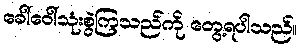
ခေါ်ဝေါ်သုံးစွဲကြသည်ကို တွေ့ရပါသည်။